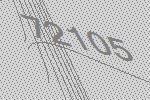
72105